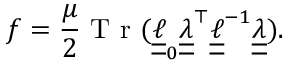
f = \frac { \mu } { 2 } \textnormal { T r } ( \boldsymbol { \underline { { \underline { { \ell } } } } } _ { 0 } \boldsymbol { \underline { { \underline { { \lambda } } } } } ^ { \top } \boldsymbol { \underline { { \underline { { \ell } } } } } ^ { - 1 } \boldsymbol { \underline { { \underline { { \lambda } } } } } ) .